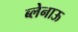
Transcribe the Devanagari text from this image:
ब्लेनाऊ